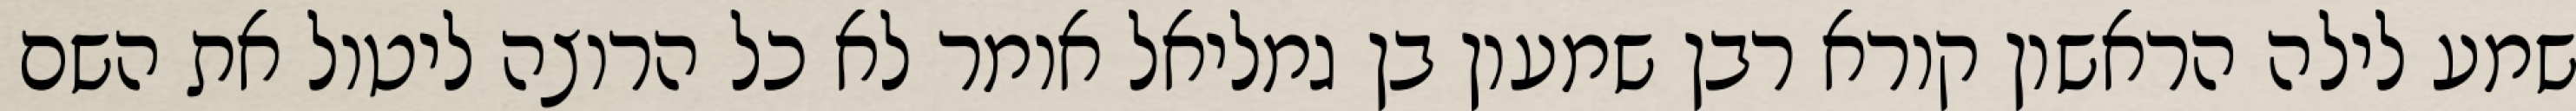
שמע לילה הראשון קורא רבן שמעון בן גמליאל אומר לא כל הרוצה ליטול את השם